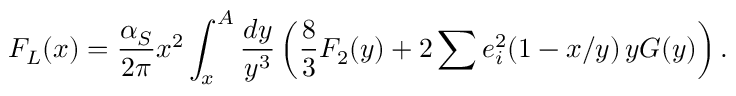
F _ { L } ( x ) = { \frac { \alpha _ { S } } { 2 \pi } } x ^ { 2 } \int _ { x } ^ { A } { \frac { d y } { y ^ { 3 } } } \left( { \frac { 8 } { 3 } } F _ { 2 } ( y ) + 2 \sum e _ { i } ^ { 2 } ( 1 - x / y ) \, y G ( y ) \right) .